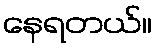
နေရတယ်။